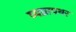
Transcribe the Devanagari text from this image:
व्यघ्रापथर